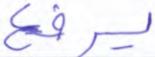
يرفع